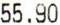
55.90